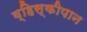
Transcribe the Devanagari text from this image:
व्हिस्कीपान